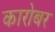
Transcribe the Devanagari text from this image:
कारोबर